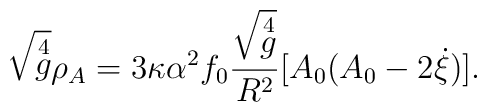
\sqrt{\mathop{g}\limits^4}\rho_A = 3\kappa \alpha^2 f_0\frac{\sqrt{\mathop{g}\limits^4}}{R^2}[A_0(A_0-2\dot{\xi})].